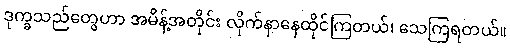
ဒုက္ခသည်တွေဟာ အမိန့်အတိုင်း လိုက်နာနေထိုင်ကြတယ်၊ သေကြရတယ်။